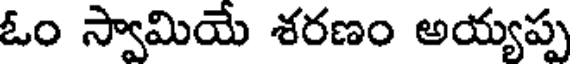
ఓం స్వామియే శరణం అయ్యప్ప